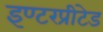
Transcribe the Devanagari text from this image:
इण्टरप्रीटेड